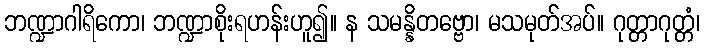
ဘဏ္ဍာဂါရိကော၊ ဘဏ္ဍာစိုးရဟန်းဟူ၍။ န သမန္နိတဗ္ဗော၊ မသမုတ်အပ်။ ဂုတ္တာဂုတ္တံ၊